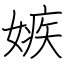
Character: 嫉